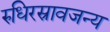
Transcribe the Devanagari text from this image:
रुधिरस्रावजन्य